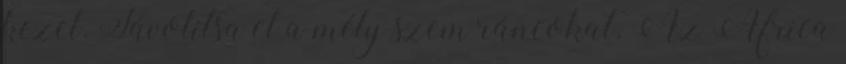
kezel. Távolítsa el a mély szem ráncokat. Az Africa